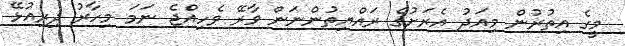
މީގެ އިތުރުން މިއަދު އެރަށުގެ ރައްޔިތުންނަން ވާރޭ ވެހިއްޖެ ނަމަ މިހާރު ދިރިއުޅޭ